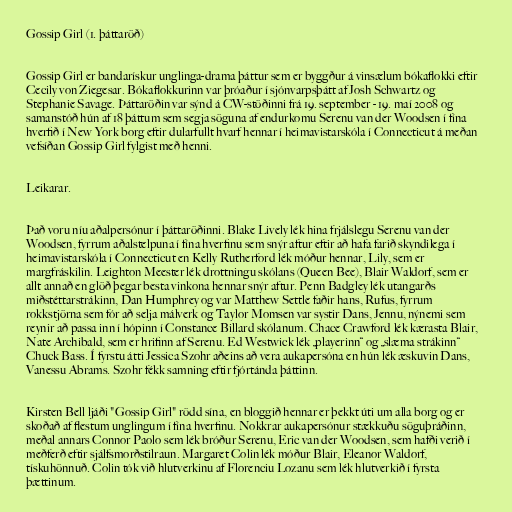
Gossip Girl (1. þáttaröð)

Gossip Girl er bandarískur unglinga-drama þáttur sem er byggður á vinsælum bókaflokki eftir
Cecily von Ziegesar. Bókaflokkurinn var þróaður í sjónvarpsþátt af Josh Schwartz og
Stephanie Savage. Þáttaröðin var sýnd á CW-stöðinni frá 19. september - 19. maí 2008 og
samanstóð hún af 18 þáttum sem segja söguna af endurkomu Serenu van der Woodsen í fína
hverfið í New York borg eftir dularfullt hvarf hennar í heimavistarskóla í Connecticut á meðan
vefsíðan Gossip Girl fylgist með henni.

Leikarar.

Það voru níu aðalpersónur í þáttaröðinni. Blake Lively lék hina frjálslegu Serenu van der
Woodsen, fyrrum aðalstelpuna í fína hverfinu sem snýr aftur eftir að hafa farið skyndilega í
heimavistarskóla í Connecticut en Kelly Rutherford lék móður hennar, Lily, sem er
margfráskilin. Leighton Meester lék drottningu skólans (Queen Bee), Blair Waldorf, sem er
allt annað en glöð þegar besta vinkona hennar snýr aftur. Penn Badgley lék utangarðs
miðstéttarstrákinn, Dan Humphrey og var Matthew Settle faðir hans, Rufus, fyrrum
rokkstjörna sem fór að selja málverk og Taylor Momsen var systir Dans, Jennu, nýnemi sem
reynir að passa inn í hópinn í Constance Billard skólanum. Chace Crawford lék kærasta Blair,
Nate Archibald, sem er hrifinn af Serenu. Ed Westwick lék „playerinn“ og „slæma strákinn“
Chuck Bass. Í fyrstu átti Jessica Szohr aðeins að vera aukapersóna en hún lék æskuvin Dans,
Vanessu Abrams. Szohr fékk samning eftir fjórtánda þáttinn.

Kirsten Bell ljáði "Gossip Girl" rödd sína, en bloggið hennar er þekkt úti um alla borg og er
skoðað af flestum unglingum í fína hverfinu. Nokkrar aukapersónur stækkuðu söguþráðinn,
meðal annars Connor Paolo sem lék bróður Serenu, Eric van der Woodsen, sem hafði verið í
meðferð eftir sjálfsmorðstilraun. Margaret Colin lék móður Blair, Eleanor Waldorf,
tískuhönnuð. Colin tók við hlutverkinu af Florenciu Lozanu sem lék hlutverkið í fyrsta
þættinum.